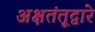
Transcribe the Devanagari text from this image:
अक्षतंतूद्वारे